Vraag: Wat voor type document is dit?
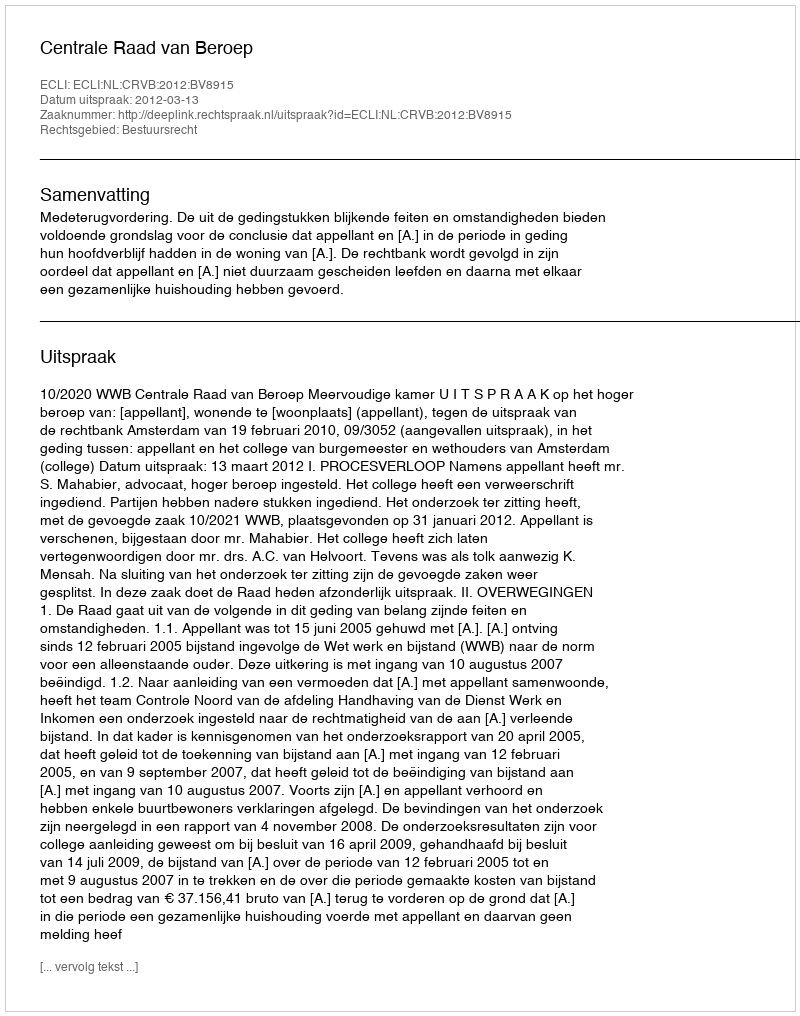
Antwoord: Uitspraak